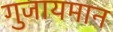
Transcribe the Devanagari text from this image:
गुजायमान